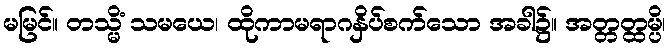
မမြင်။ တသ္မိံ သမယေ၊ ထိုကာမရာဂနှိပ်စက်သော အခါ၌။ အတ္တတ္ထမ္ပိ၊